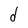
Character: d